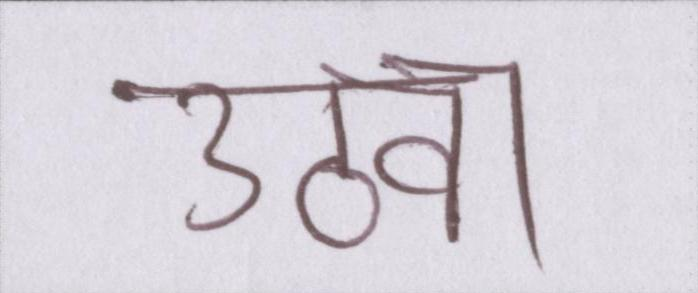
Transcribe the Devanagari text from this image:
उठवा